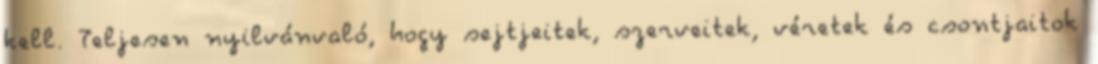
kell. Teljesen nyilvánvaló, hogy sejtjeitek, szerveitek, véretek és csontjaitok